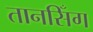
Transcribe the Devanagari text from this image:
तानसिँग